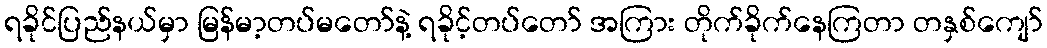
ရခိုင်ပြည်နယ်မှာ မြန်မာ့တပ်မတော်နဲ့ ရခိုင့်တပ်တော် အကြား တိုက်ခိုက်နေကြတာ တနှစ်ကျော်